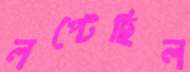
লপ্‌টেছিল